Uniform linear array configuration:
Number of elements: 24
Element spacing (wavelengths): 0.75
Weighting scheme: exponential
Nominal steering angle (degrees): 0
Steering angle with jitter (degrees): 0.08836
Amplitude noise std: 0.05
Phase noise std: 0.05

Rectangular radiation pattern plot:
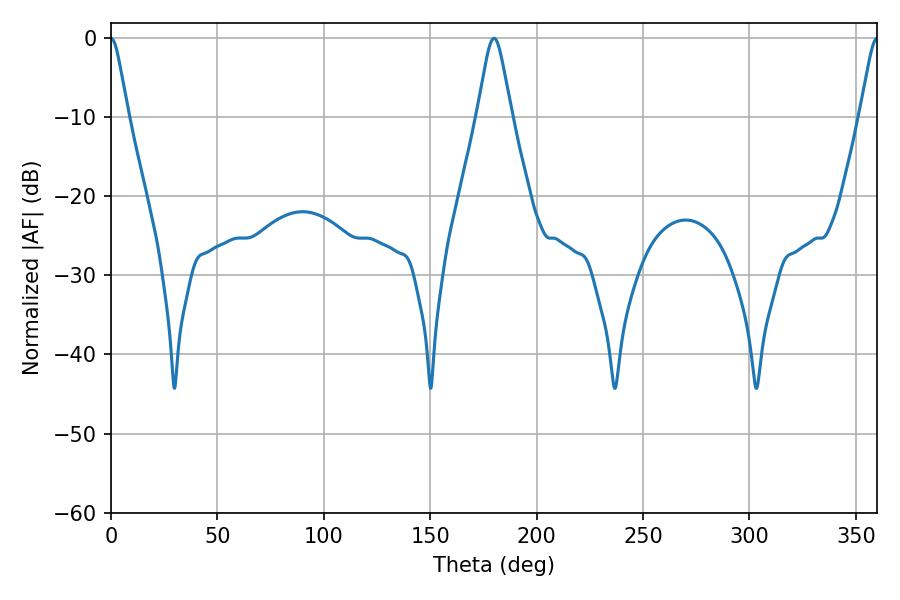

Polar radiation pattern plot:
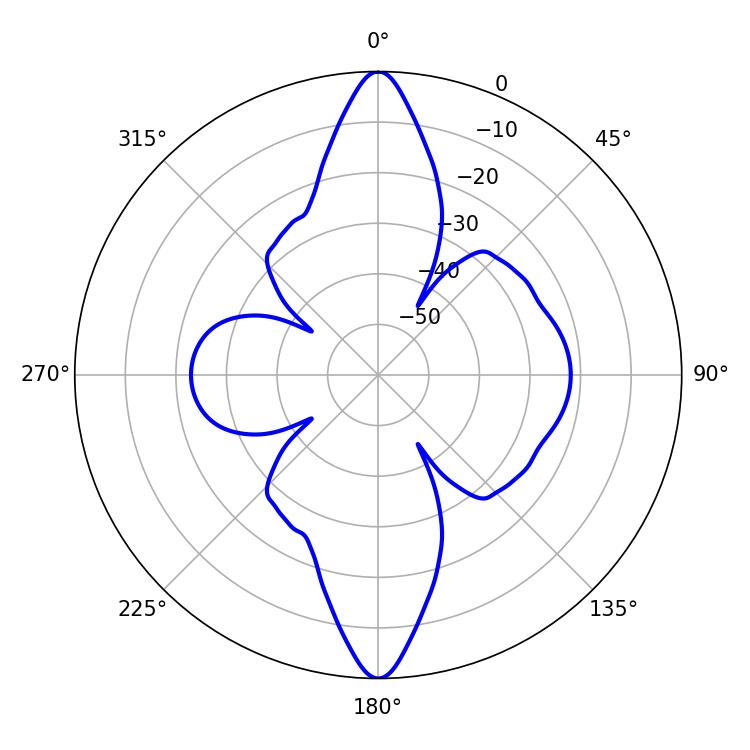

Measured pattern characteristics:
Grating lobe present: TRUE
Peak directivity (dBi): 30.461
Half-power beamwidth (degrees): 3.78
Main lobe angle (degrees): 360